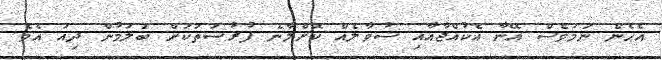
އެހެން ނަމަވެސް އޭނާ އެކުއްޖާއާއި ސުވާލެއް ކޮށްލާނެ ފުރުސަތަކަށް ބަލަމުން ދިއަ އެވެ.